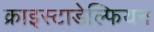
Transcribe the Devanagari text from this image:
क्राइस्टाडेल्फियन